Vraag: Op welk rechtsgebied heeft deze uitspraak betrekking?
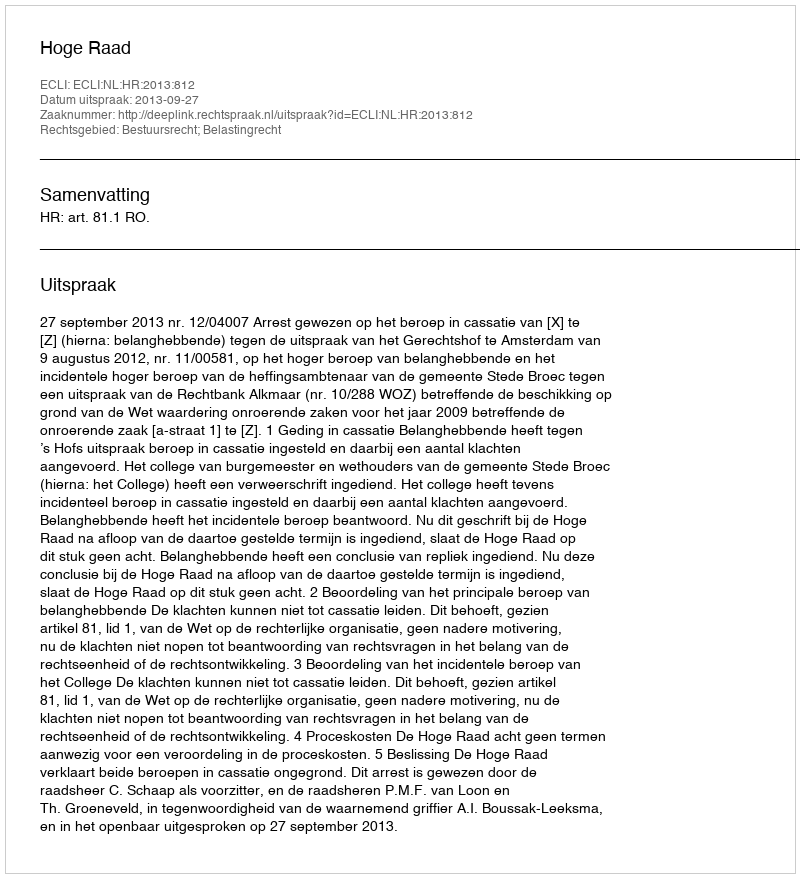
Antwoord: Bestuursrecht; Belastingrecht